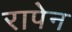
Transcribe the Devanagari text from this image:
रापेन